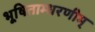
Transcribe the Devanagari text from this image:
भूषिताम्धरणीम्